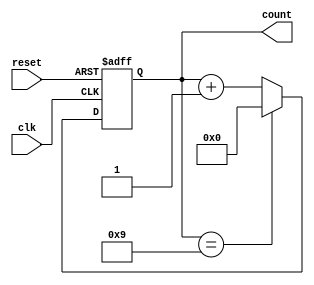
module bcd_counter (
    input wire clk,          // Clock input
    input wire reset,        // Asynchronous reset input
    output reg [3:0] count   // 4-bit output for the current count
);

    // Always block triggered on the rising edge of the clock or when reset is asserted
    always @(posedge clk or posedge reset) begin
        if (reset) begin
            count <= 4'b0000; // Reset the count to 0
        end else begin
            if (count == 4'b1001) begin
                count <= 4'b0000; // Reset to 0 if count exceeds 9
            end else begin
                count <= count + 1; // Increment the count
            end
        end
    end

endmodule